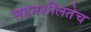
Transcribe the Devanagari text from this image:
सहनशीलतेच